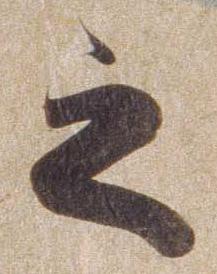
之